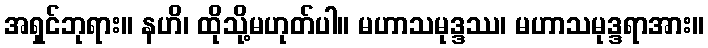
အရှင်ဘုရား။ နဟိ၊ ထိုသို့မဟုတ်ပါ။ မဟာသမုဒ္ဒဿ၊ မဟာသမုဒ္ဒရာအား။